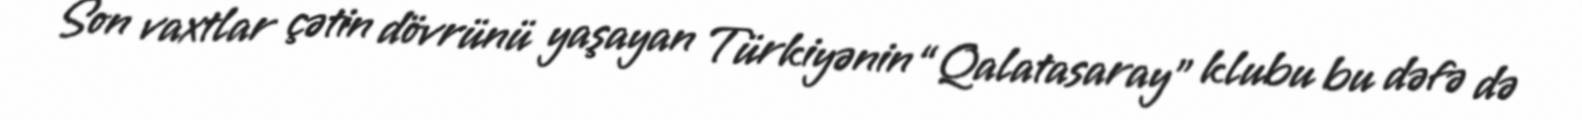
Son vaxtlar çətin dövrünü yaşayan Türkiyənin “Qalatasaray” klubu bu dəfə də